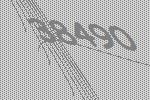
38490